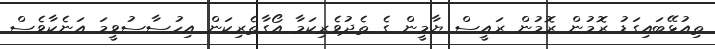
ތިއުޅޭބައިގަޑު ރޮމުން ރޮމުން ރައީސް ޔާމީން ގެ ތެދުވެރިކަމާ އޯގާތެރިކަން އިހުސާސުވީމަ އަނެކާވެސް